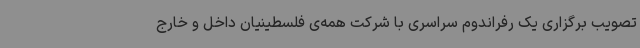
تصویب برگزاری یک رفراندوم سراسری با شرکت همه‌ی فلسطینیان داخل و خارج